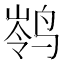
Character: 𮹗